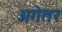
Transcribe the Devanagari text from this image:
अगेतर